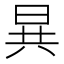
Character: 𮲡